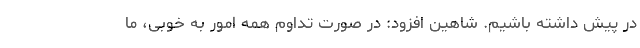
در پیش داشته باشیم. شاهین افزود: در صورت تداوم همه امور به خوبی، ما